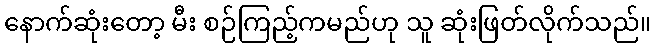
နောက်ဆုံးတော့ မီး စဉ်ကြည့်ကမည်ဟု သူ ဆုံးဖြတ်လိုက်သည်။